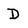
Character: D